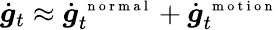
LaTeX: \dot{\boldsymbol g}_{t}\approx\dot{\boldsymbol g}_{t}^{\mathrm{~\scriptsize~n~o~r~m~a~l~}}+\dot{\boldsymbol g}_{t}^{\mathrm{~\scriptsize~m~o~t~i~o~n~}}